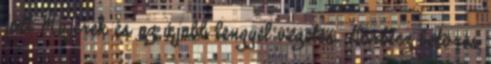
jött Majerek és az újabb lengyel vezetés. Görbicz betörés